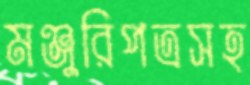
মঞ্জুরিপত্রসহ